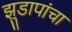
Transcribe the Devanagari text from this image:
झुडापांचा